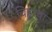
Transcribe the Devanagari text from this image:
चिह्नांचा